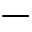
-